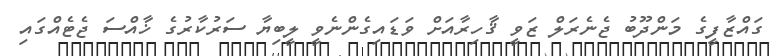
ގައްޒާފީގެ މަންދޫބު ޖެނެރަލް ޒަވީ ޤާހިރާއަށް ވަޑައިގެންނެވީ ލީބިޔާ ސަރުކާރުގެ ޚާއްސަ ޖެޓެއްގައި